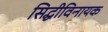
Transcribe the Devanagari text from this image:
सिद्धीविनायक